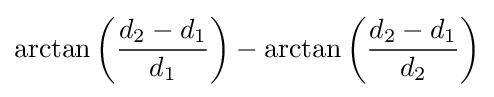
\arctan \left({\frac {d_{2}-d_{1}}{d_{1}}}\right)-\arctan \left({\frac {d_{2}-d_{1}}{d_{2}}}\right)